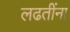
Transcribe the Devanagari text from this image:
लढतींना